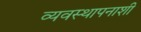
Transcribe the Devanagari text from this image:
व्यवस्थापनाशी